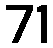
71